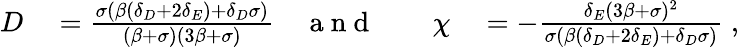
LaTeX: \begin{array}{rlrlrl}{D}&{{}=\frac{\sigma(\beta(\delta_{D}+2\delta_{E})+\delta_{D}\sigma)}{(\beta+\sigma)(3\beta+\sigma)}}&{\mathrm{~a~n~d~}}&{{}}&{\chi}&{{}=-\frac{\delta_{E}(3\beta+\sigma)^{2}}{\sigma(\beta(\delta_{D}+2\delta_{E})+\delta_{D}\sigma)}\; ,}\end{array}